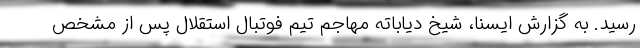
رسید. به گزارش ایسنا، شیخ دیاباته مهاجم تیم فوتبال استقلال پس از مشخص